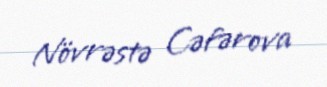
Növrəstə Cəfərova